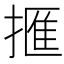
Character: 㨤